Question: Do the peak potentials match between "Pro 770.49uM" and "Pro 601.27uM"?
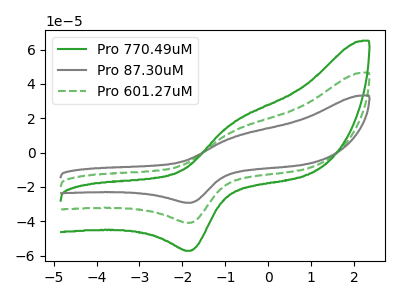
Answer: <think>The green curve "Pro 770.49uM" has an anodic peak at (-0.80V, 25.35uA) and a cathodic peak at (-1.80V, -81.80uA). The gray curve "Pro 87.30uM" has an anodic peak at (-0.80V, 9.05uA) and a cathodic peak at (-1.80V, -29.25uA). The green dashed curve "Pro 601.27uM" has an anodic peak at (-0.80V, 12.70uA) and a cathodic peak at (-1.80V, -40.90uA).</think>
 <answer>Yes, "Pro 770.49uM" have a peak in "Pro 601.27uM" at the same potential.</answer>
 <eval>match</eval>